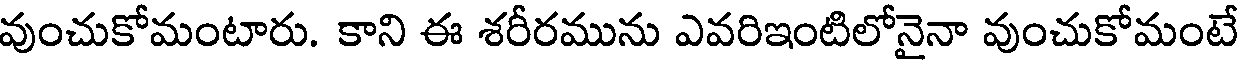
వుంచుకోమంటారు. కాని ఈ శరీరమును ఎవరిఇంటిలోనైనా వుంచుకోమంటే